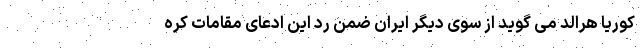
کوریا هرالد می گوید از سوی دیگر ایران ضمن رد این ادعای مقامات کره